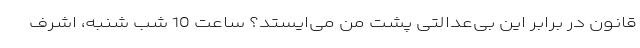
قانون در برابر این بی‌عدالتی پشت من می‌ایستد؟ ساعت 10 شب شنبه، اشرف